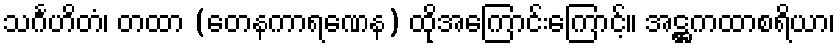
သင်္ဂဟိတံ၊ တထာ (တေနကာရဏေန) ထိုအကြောင်းကြောင့်။ အဋ္ဌကထာစရိယာ၊